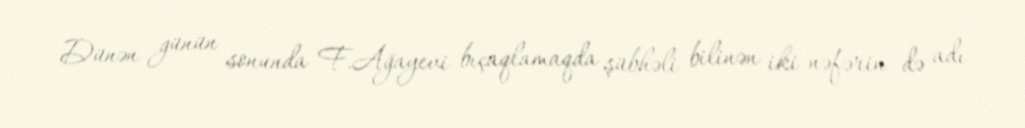
Dünən günün sonunda F.Ağayevi bıçaqlamaqda şübhəli bilinən iki nəfərin də adı